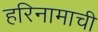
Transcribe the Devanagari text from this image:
हरिनामाची